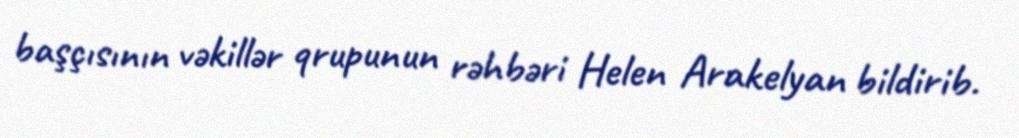
başçısının vəkillər qrupunun rəhbəri Helen Arakelyan bildirib.